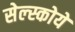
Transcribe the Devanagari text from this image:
सेल्स्कोये